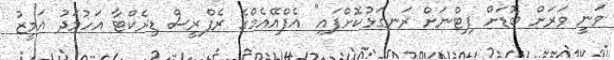
ވަނީ ވަރަށް ބޮޑަށް ފިޓްނަށް ރަނގަޅުކޮށްފައި" އެފްއޭއެމްގެ ރެފްރީސް ޑިރެކްޓާ އަހުމަދު އަމީޒު